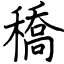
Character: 穚